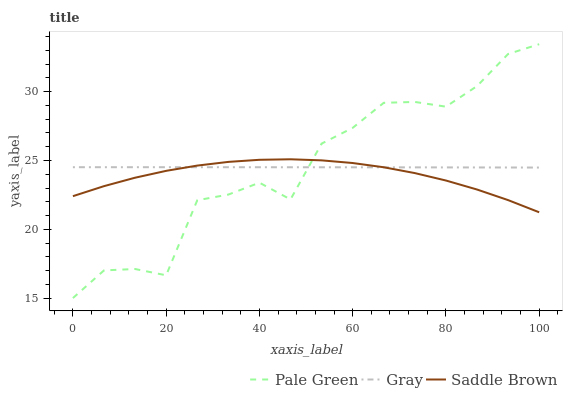
| xaxis_label | Pale Green | Gray | Saddle Brown |
 | --- | --- | --- | --- |
 | 0 | 15 | 24.5 | 22.4 |
 | 6.67 | 17 | 24.5 | 23.1 |
 | 13.3 | 17.1 | 24.5 | 23.7 |
 | 20 | 16.7 | 24.5 | 24.2 |
 | 26.7 | 22.1 | 24.5 | 24.6 |
 | 33.3 | 22.5 | 24.5 | 24.9 |
 | 40 | 23.4 | 24.5 | 25.1 |
 | 46.7 | 22.2 | 24.5 | 25.1 |
 | 53.3 | 26.2 | 24.5 | 25 |
 | 60 | 27.4 | 24.5 | 24.8 |
 | 66.7 | 29.2 | 24.5 | 24.5 |
 | 73.3 | 29.3 | 24.5 | 24.1 |
 | 80 | 28.9 | 24.5 | 23.5 |
 | 86.7 | 30.4 | 24.5 | 22.9 |
 | 93.3 | 32.7 | 24.5 | 22.1 |
 | 100 | 33.5 | 24.5 | 21.2 |